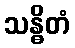
သန္ဓိတံ